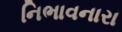
નિભાવનારા